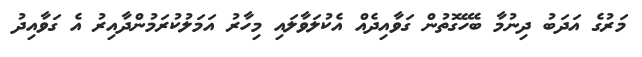
މަރުގެ އަދަބު ދިނުމާ ބެހޭގޮތުން ގަވާއިދެއް އެކުލަވާލައި މިހާރު އަމަލުކުރަމުންދާއިރު އެ ގަވާއިދު